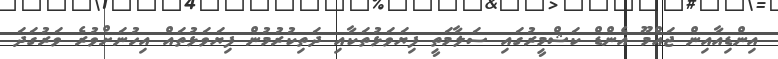
އިންޑިއާއިން ޖައްމޫ އެންޑް ކަޝްމީރުގައި ސަލާމަތީ ފިޔަވަޅުތަކާއި ދަތިކުރުމުން ފިޔަވަޅުތައް އިހުނަށްވުރެ ވަރުގަދަ